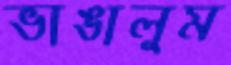
ভাঙালুম